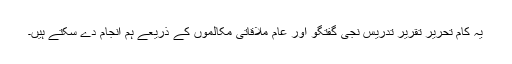
یہ کام تحریر تقریر تدریس نجی گفتگو اور عام ملاقاتی مکالموں کے ذریعے ہم انجام دے سکتے ہیں۔